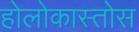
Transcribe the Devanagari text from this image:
होलोकास्तोस